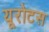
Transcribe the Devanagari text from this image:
यूरोटस